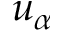
u _ { \alpha }